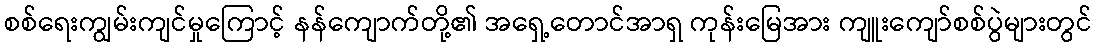
စစ်ရေးကျွမ်းကျင်မှုကြောင့် နန်ကျောက်တို့၏ အရှေ့တောင်အာရှ ကုန်းမြေအား ကျူးကျော်စစ်ပွဲများတွင်